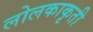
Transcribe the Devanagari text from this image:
लोलकाकृती